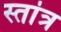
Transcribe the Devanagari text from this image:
स्तांत्र